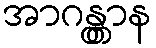
အာဂန္တွာန